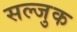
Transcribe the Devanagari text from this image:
सल्जुक